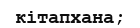
кітапхана;